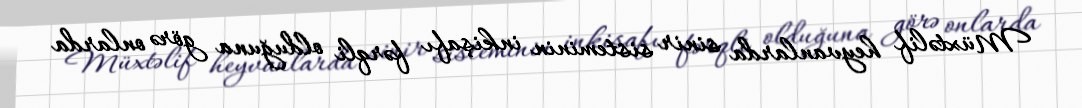
Müxtəlif heyvanlarda sinir sisteminin inkişafı fərqli olduğuna görə onlarda